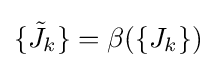
\{{\tilde {J}}_{k}\}=\beta (\{J_{k}\})